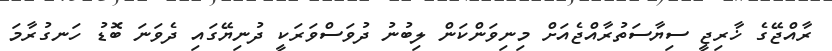
ރާއްޖޭގެ ޚާރިޖީ ސިޔާސަތުރާއްޖެއަށް މިނިވަންކަން ލިބުނު ދުވަސްވަރަކީ ދުނިޔޭގައި ދެވަނަ ބޮޑު ހަނގުރާމަ